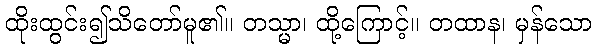
ထိုးထွင်း၍သိတော်မူ၏။ တသ္မာ၊ ထို့ကြောင့်။ တထာန၊ မှန်သော